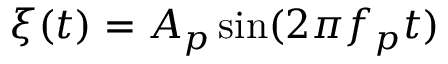
\xi ( t ) = A _ { p } \sin ( 2 \pi f _ { p } t )